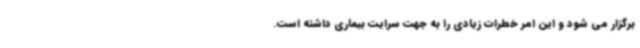
برگزار می شود و این امر خطرات زیادی را به جهت سرایت بیماری داشته است.